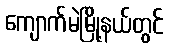
ကျောက်မဲမြို့နယ်တွင်